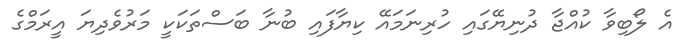
އެ ލޯބިވާ ކުއްޖާ ދުނިޔޭގައި ހުރިނަމައޭ ކިޔާފައި ބުނާ ބަސްތަކަކީ މަރުވެދިޔަ އީރަމްގެ